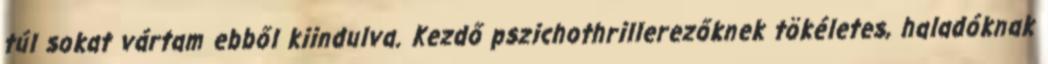
túl sokat vártam ebből kiindulva. Kezdő pszichothrillerezőknek tökéletes, haladóknak